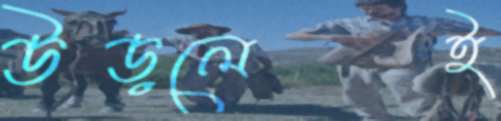
উড়লেই